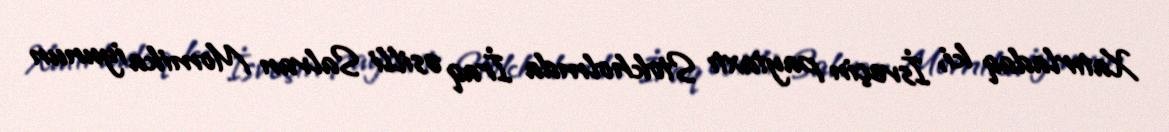
Xatırladaq ki, İsveçin paytaxtı Stokholmda İraq əsilli Salvan Momika iyunun